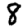
Digit: 8